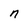
Character: n